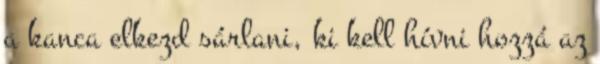
a kanca elkezd sárlani, ki kell hívni hozzá az